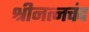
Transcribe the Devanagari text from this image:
श्रीनत्नचंद